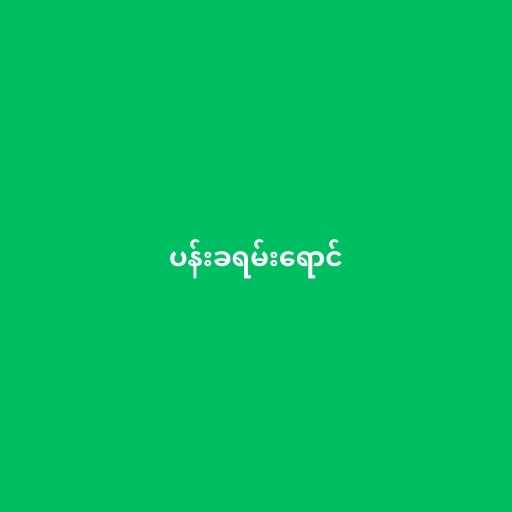
ပန်းခရမ်းရောင်